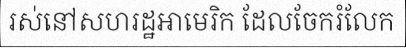
រស់នៅសហរដ្ឋអាមេរិក ដែលចែករំលែក